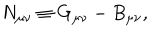
LaTeX: N _ { \mu \nu } \equiv G _ { \mu \nu } - B _ { \mu \nu } ,